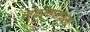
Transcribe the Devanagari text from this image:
खेळल्यासारखा